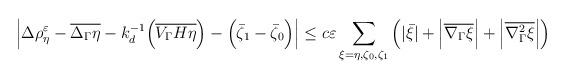
LaTeX: \begin{align*} \left|\Delta\rho_\eta^\varepsilon-\overline{\Delta_\Gamma\eta}-k_d^{-1}\Bigl(\overline{V_\Gamma H\eta}\Bigr)-\Bigl(\bar{\zeta}_1-\bar{\zeta}_0\Bigr)\right| &\leq c\varepsilon\sum_{\xi=\eta,\zeta_0,\zeta_1}\left(|\bar{\xi}|+\Bigl|\overline{\nabla_\Gamma\xi}\Bigr|+\Bigl|\overline{\nabla_\Gamma^2\xi}\Bigr|\right)\end{align*}